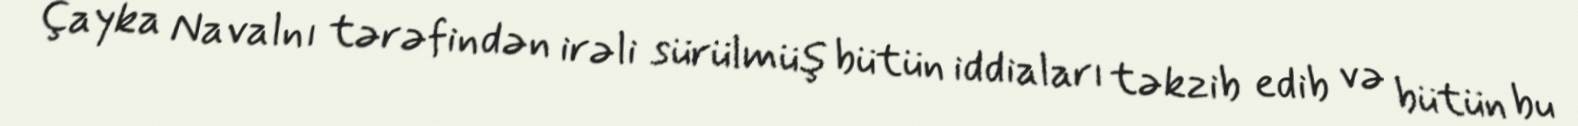
Çayka Navalnı tərəfindən irəli sürülmüş bütün iddiaları təkzib edib və bütün bu